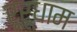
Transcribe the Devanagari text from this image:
रूरूधाम